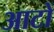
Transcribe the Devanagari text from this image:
आटों